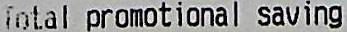
TOTAL PROMOTIONAL SAVING